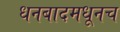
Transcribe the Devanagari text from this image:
धनबादमधूनच